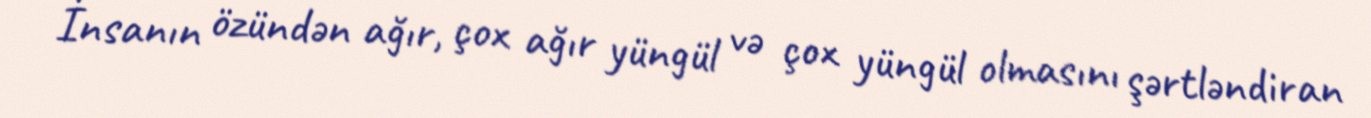
İnsanın özündən ağır, çox ağır yüngül və çox yüngül olmasını şərtləndiran